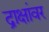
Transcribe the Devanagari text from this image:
द्राक्षांवर